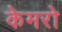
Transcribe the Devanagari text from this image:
केमरो